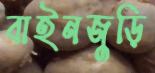
বাইনজুড়ি